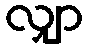
လျှာ